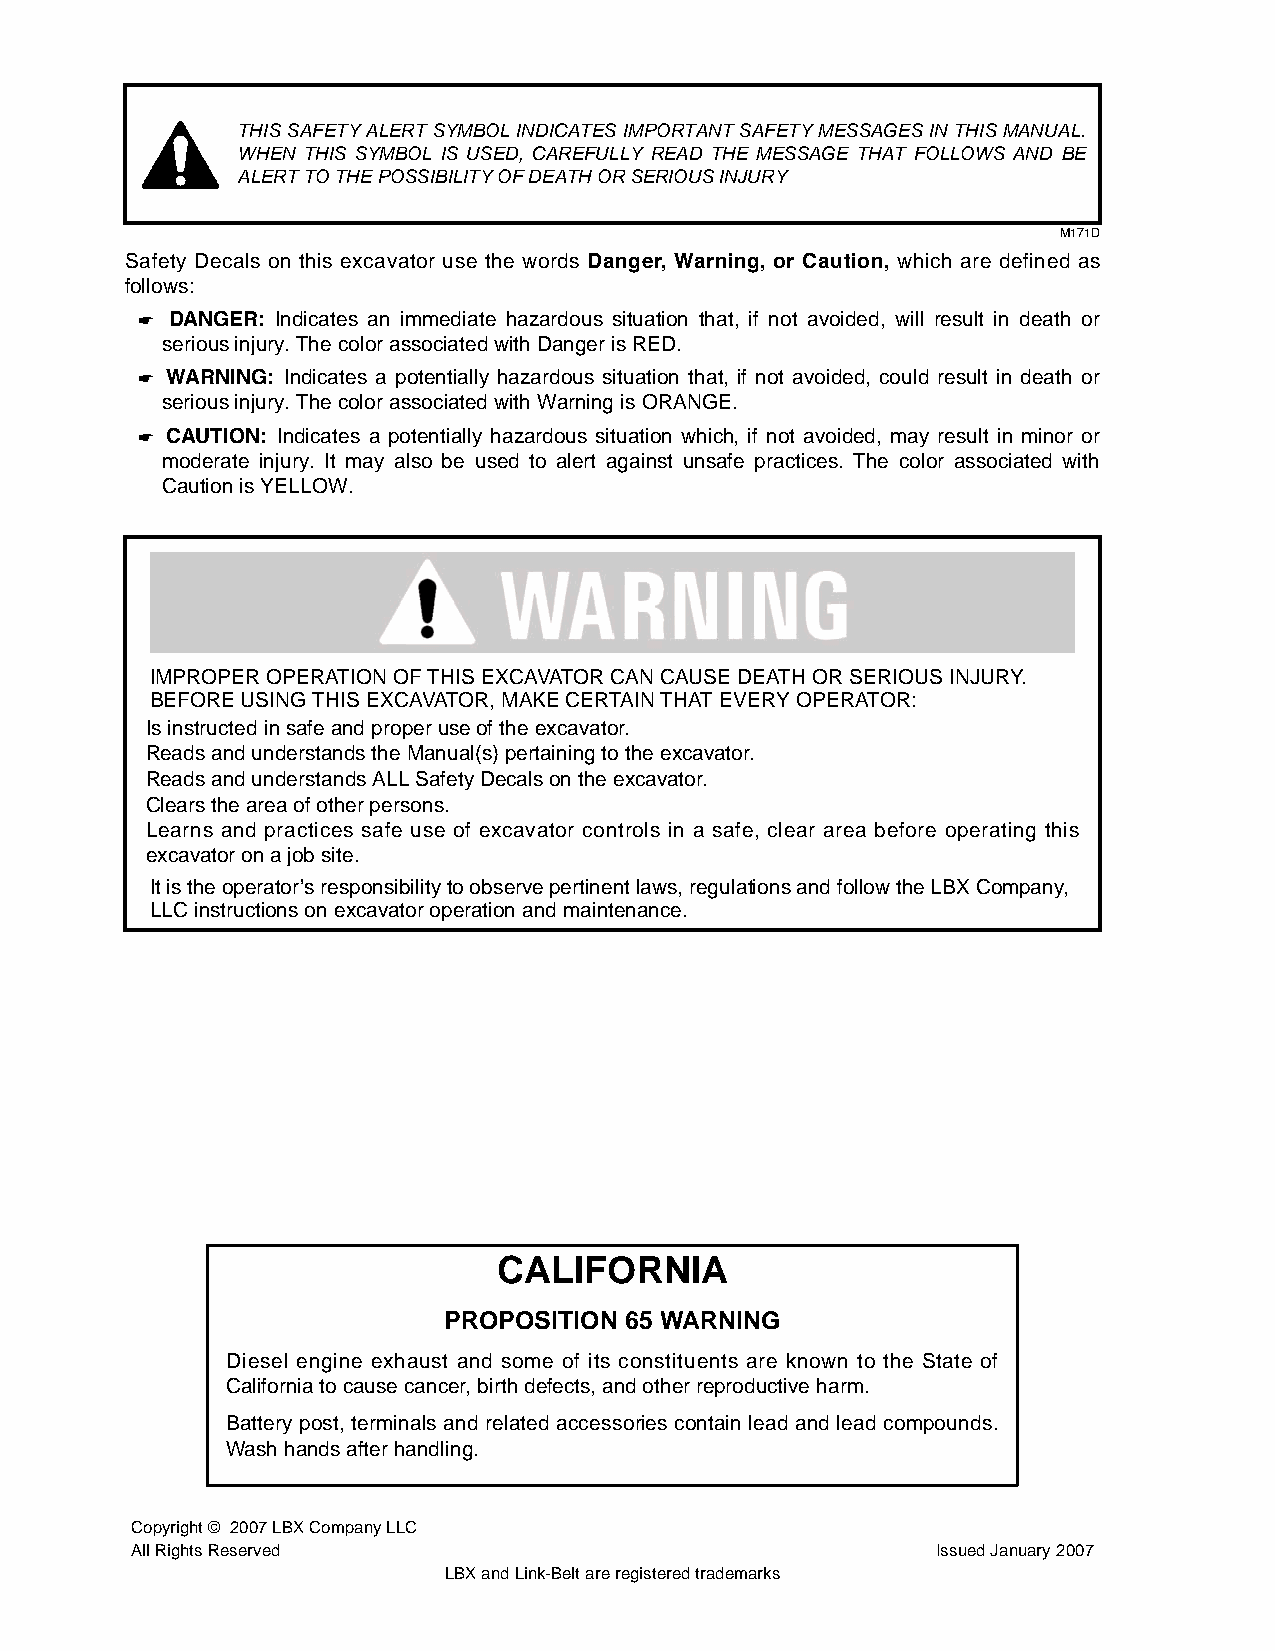
THIS SAFETY ALERT SYMBOL INDICATES IMPORTANT SAFETY MESSAGES IN THIS MANUAL.
 WHEN THIS SYMBOL IS USED, CAREFULLY READ THE MESSAGE THAT FOLLOWS AND BE
 ALERT TO THE POSSIBILITY OF DEATH OR SERIOUS INJURY
 M171D
 Safety Decals on this excavator use the words Danger, Warning, or Caution, which are defined as
 follows:
 ☛ DANGER: Indicates an immediate hazardous situation that, if not avoided, will result in death or
 serious injury. The color associated with Danger is RED.
 ☛ WARNING: Indicates a potentially hazardous situation that, if not avoided, could result in death or
 serious injury. The color associated with Warning is ORANGE.
 ☛ CAUTION: Indicates a potentially hazardous situation which, if not avoided, may result in minor or
 moderate injury. It may also be used to alert against unsafe practices. The color associated with
 Caution is YELLOW.
 IMPROPER OPERATION OF THIS EXCAVATOR CAN CAUSE DEATH OR SERIOUS INJURY.
 BEFORE USING THIS EXCAVATOR, MAKE CERTAIN THAT EVERY OPERATOR:
 Is instructed in safe and proper use of the excavator.
 Reads and understands the Manual(s) pertaining to the excavator.
 Reads and understands ALL Safety Decals on the excavator.
 Clears the area of other persons.
 Learns and practices safe use of excavator controls in a safe, clear area before operating this
 excavator on a job site.
 It is the operator’s responsibility to observe pertinent laws, regulations and follow the LBX Company,
 LLC instructions on excavator operation and maintenance.
 CALIFORNIA
 PROPOSITION 65 WARNING
 Diesel engine exhaust and some of its constituents are known to the State of
 California to cause cancer, birth defects, and other reproductive harm.
 Battery post, terminals and related accessories contain lead and lead compounds.
 Wash hands after handling.
 Copyright © 2007 LBX Company LLC
 All Rights Reserved                                  Issued January 2007
 LBX and Link-Belt are registered trademarks